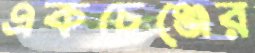
একচেঞ্জের